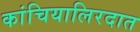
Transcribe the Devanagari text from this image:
कांचियालिरदात